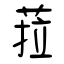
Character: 菈